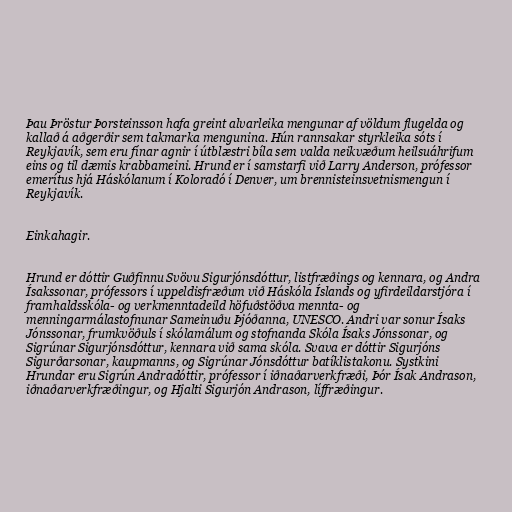
Þau Þröstur Þorsteinsson hafa greint alvarleika mengunar af völdum flugelda og
kallað á aðgerðir sem takmarka mengunina. Hún rannsakar styrkleika sóts í
Reykjavík, sem eru fínar agnir í útblæstri bíla sem valda neikvæðum heilsuáhrifum
eins og til dæmis krabbameini. Hrund er í samstarfi við Larry Anderson, prófessor
emerítus hjá Háskólanum í Koloradó í Denver, um brennisteinsvetnismengun í
Reykjavík.

Einkahagir.

Hrund er dóttir Guðfinnu Svövu Sigurjónsdóttur, listfræðings og kennara, og Andra
Ísakssonar, prófessors í uppeldisfræðum við Háskóla Íslands og yfirdeildarstjóra í
framhaldsskóla- og verkmenntadeild höfuðstöðva mennta- og
menningarmálastofnunar Sameinuðu Þjóðanna, UNESCO. Andri var sonur Ísaks
Jónssonar, frumkvöðuls í skólamálum og stofnanda Skóla Ísaks Jónssonar, og
Sigrúnar Sigurjónsdóttur, kennara við sama skóla. Svava er dóttir Sigurjóns
Sigurðarsonar, kaupmanns, og Sigrúnar Jónsdóttur batíklistakonu. Systkini
Hrundar eru Sigrún Andradóttir, prófessor í iðnaðarverkfræði, Þór Ísak Andrason,
iðnaðarverkfræðingur, og Hjalti Sigurjón Andrason, líffræðingur.